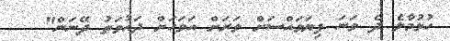
ހުޅުމާލެ ދެ ވަނަ ފިޔަވައްސަށް ވަރަށް އަވަަހަށް ދައުވަތު ދޭނަން"